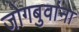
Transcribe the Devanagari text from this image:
जोगबुवांना